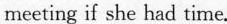
meeting if she had time.